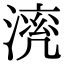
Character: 𣼠